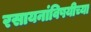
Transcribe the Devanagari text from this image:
रसायनांविषयीच्या